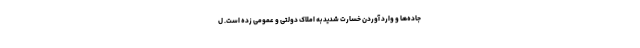
جاده‌ها و وارد آوردن خسارت شدید به املاک دولتی و عمومی زده است. ل